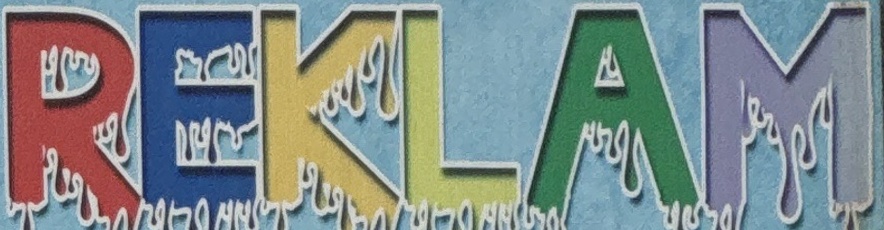
REKLAM